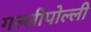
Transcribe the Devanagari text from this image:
गल्लीपोल्ली